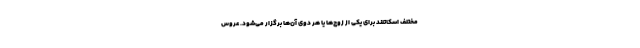
مختلف اسکاتلند برای یکی از زوج‌ها یا هر دوی آن‌ها برگزار می‌شود. عروس